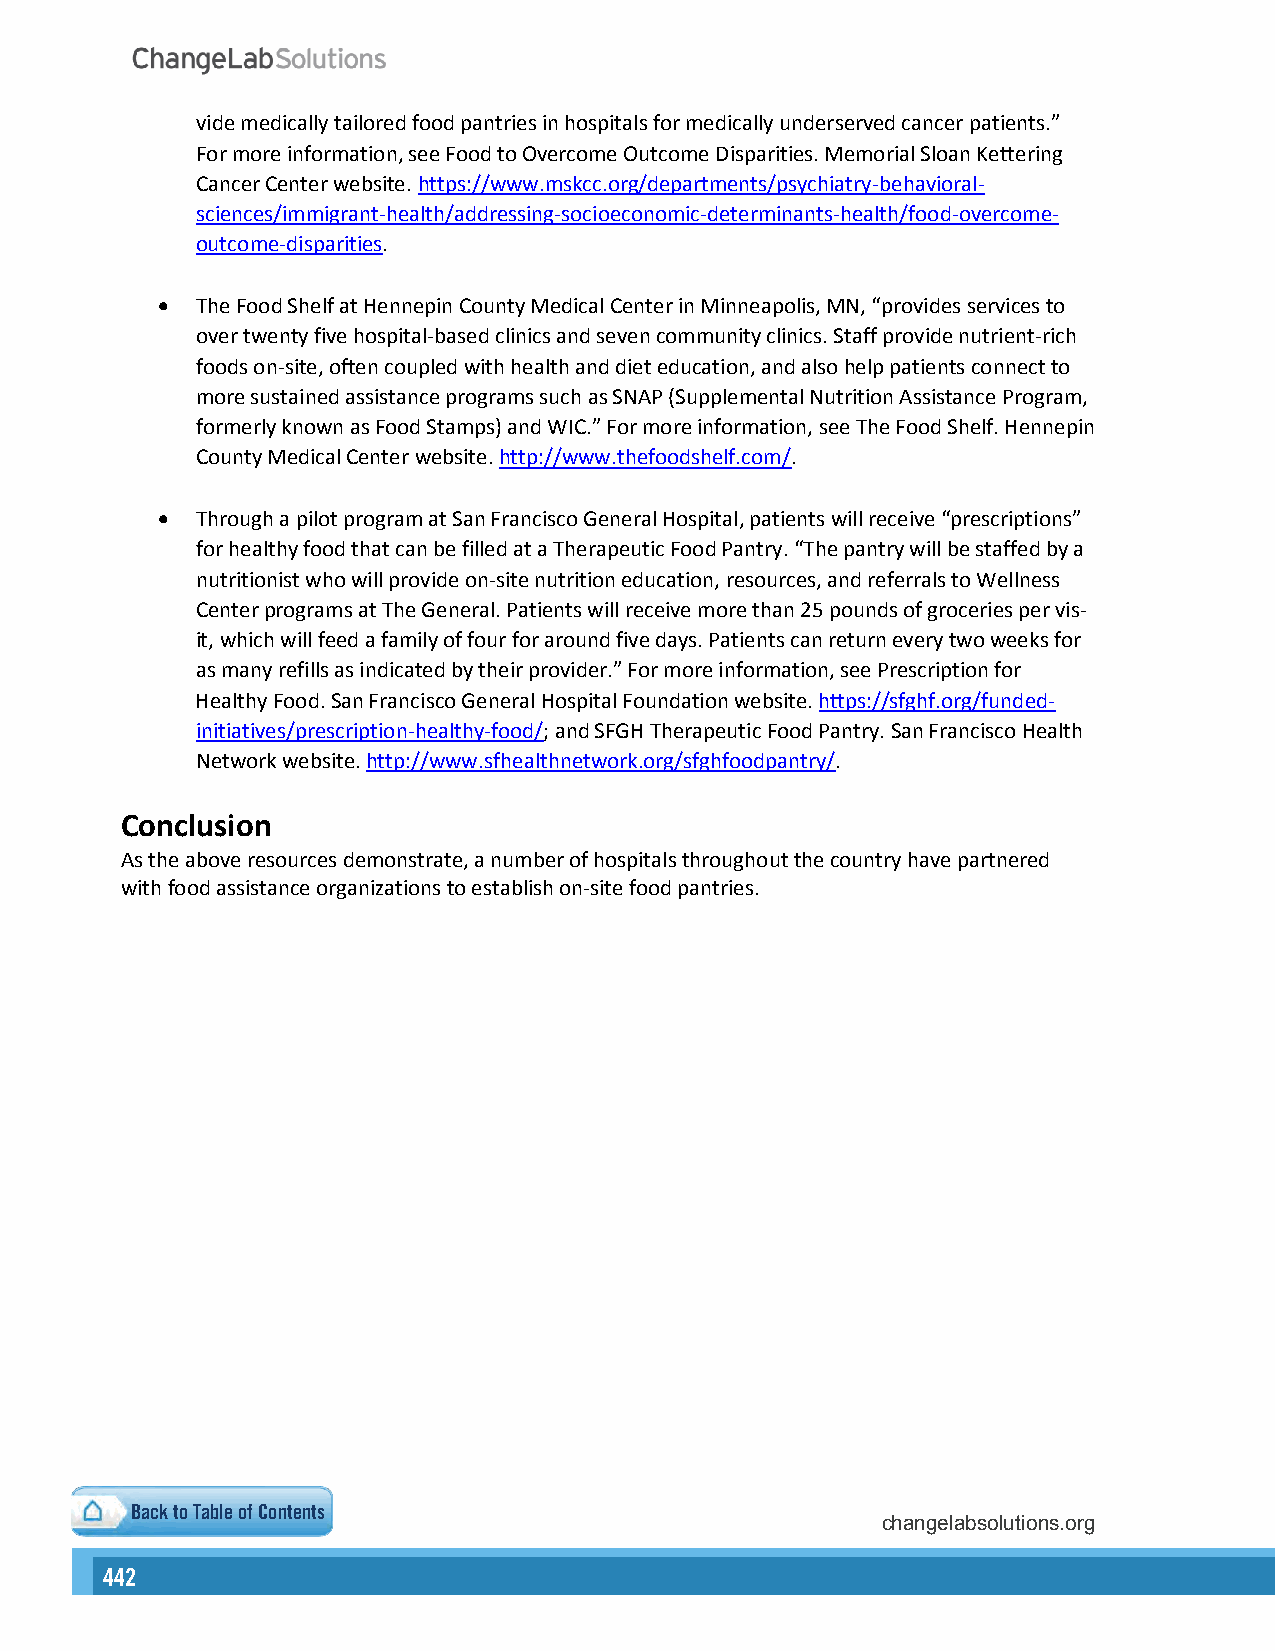
vide medically tailored food pantries in hospitals for medically underserved cancer patients.”
 For more information, see Food to Overcome Outcome Disparities. Memorial Sloan Kettering
 Cancer Center website. https://www.mskcc.org/departments/psychiatry-behavioral-
 sciences/immigrant-health/addressing-socioeconomic-determinants-health/food-overcome-
 outcome-disparities.
   The Food Shelf at Hennepin County Medical Center in Minneapolis, MN, “provides services to
 over twenty five hospital-based clinics and seven community clinics. Staff provide nutrient-rich
 foods on-site, often coupled with health and diet education, and also help patients connect to
 more sustained assistance programs such as SNAP (Supplemental Nutrition Assistance Program,
 formerly known as Food Stamps) and WIC.” For more information, see The Food Shelf. Hennepin
 County Medical Center website. http://www.thefoodshelf.com/.
   Through a pilot program at San Francisco General Hospital, patients will receive “prescriptions”
 for healthy food that can be filled at a Therapeutic Food Pantry. “The pantry will be staffed by a
 nutritionist who will provide on-site nutrition education, resources, and referrals to Wellness
 Center programs at The General. Patients will receive more than 25 pounds of groceries per vis-
 it, which will feed a family of four for around five days. Patients can return every two weeks for
 as many refills as indicated by their provider.” For more information, see Prescription for
 Healthy Food. San Francisco General Hospital Foundation website. https://sfghf.org/funded-
 initiatives/prescription-healthy-food/; and SFGH Therapeutic Food Pantry. San Francisco Health
 Network website. http://www.sfhealthnetwork.org/sfghfoodpantry/.
 Conclusion
 As the above resources demonstrate, a number of hospitals throughout the country have partnered
 with food assistance organizations to establish on-site food pantries.
 Back to Table of Contents
 changelabsolutions.org
 442